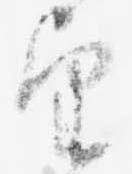
望